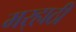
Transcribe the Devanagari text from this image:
मर्‍हाठी